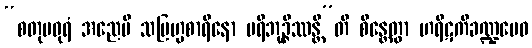
“စတုမဓုရံ အညေပိ သဗြဟ္မစာရိနော ပရိဘုဉ္ဇိဿန္တီ”တိ စိန္တေတွာ ဟရိဋကီခဏ္ဍမေဝ